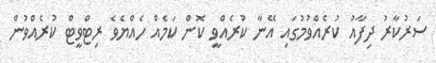
ސަރުކާރު ދިފާއު ކުރެއްވުމުގައި އޭނާ ކުރެއްވީ ކޮން ކަމެއް ހެއްޔެވެ ރިޓްވީޓް ކުރެއްވުން